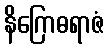
နိဂြောဓရာဇံ